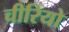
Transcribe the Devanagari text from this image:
चीरियो